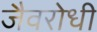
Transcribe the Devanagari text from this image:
जैवरोधी